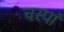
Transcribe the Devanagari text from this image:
चस्पां